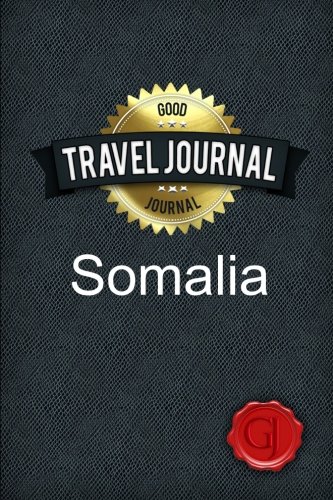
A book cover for Travel Journal Somalia; Good Journal; Travel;